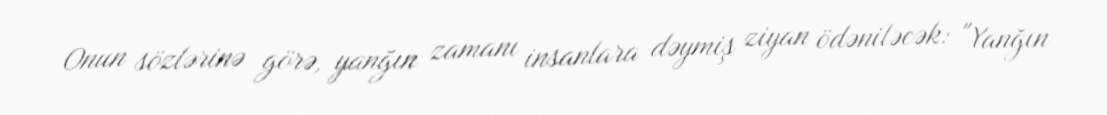
Onun sözlərinə görə, yanğın zamanı insanlara dəymiş ziyan ödəniləcək: "Yanğın